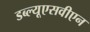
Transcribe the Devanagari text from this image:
डब्ल्यूएसवीएन